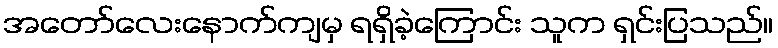
အတော်လေးနောက်ကျမှ ရရှိခဲ့ကြောင်း သူက ရှင်းပြသည်။